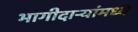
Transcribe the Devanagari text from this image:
भागीदार्‍यांमध्ये